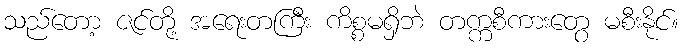
သည်တော့ ဇင်တို့ အရေးတကြီး ကိစ္စမရှိဘဲ တက္ကစီကားတွေ မစီးနိုင်။